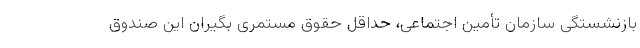
بازنشستگی سازمان تأمین اجتماعی، حداقل حقوق مستمری بگیران این صندوق